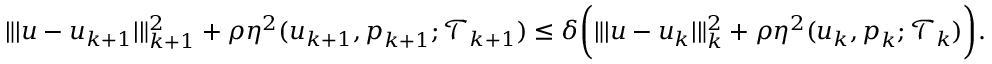
\begin{array} { r } { \| \vert \boldsymbol { u } - \boldsymbol { u } _ { k + 1 } \vert \| _ { k + 1 } ^ { 2 } + \rho \eta ^ { 2 } ( \boldsymbol { u } _ { k + 1 } , \boldsymbol { p } _ { k + 1 } ; \mathcal { T } _ { k + 1 } ) \leq \delta \bigg ( \| \vert \boldsymbol { u } - \boldsymbol { u } _ { k } \vert \| _ { k } ^ { 2 } + \rho \eta ^ { 2 } ( \boldsymbol { u } _ { k } , \boldsymbol { p } _ { k } ; \mathcal { T } _ { k } ) \bigg ) . } \end{array}